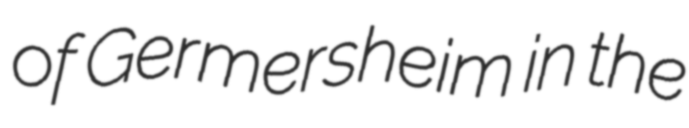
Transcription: of Germersheim in the